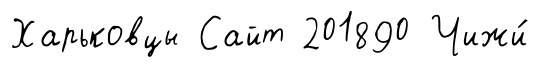
Харьковцы Сайт 201890 Чижи́